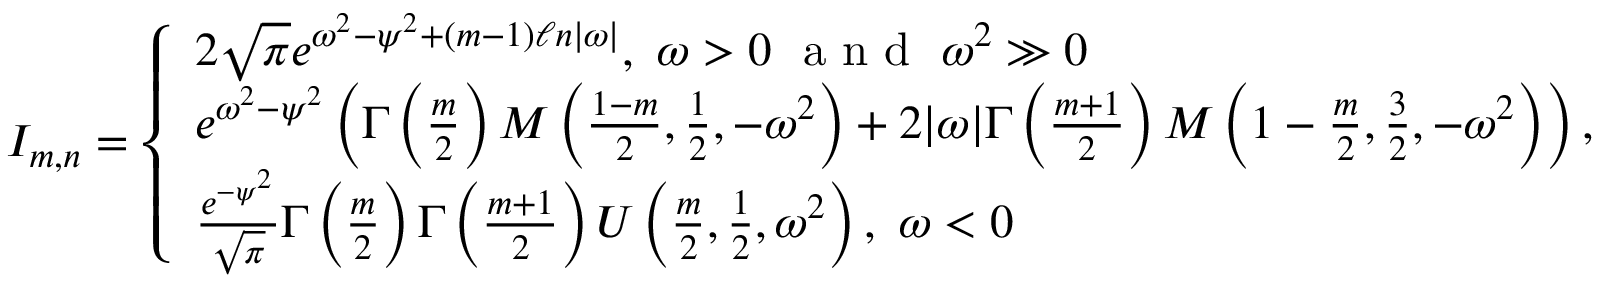
\begin{array} { r } { I _ { m , n } = \left\{ \begin{array} { l l } { 2 \sqrt { \pi } e ^ { \omega ^ { 2 } - \psi ^ { 2 } + ( m - 1 ) \ell n | \omega | } , \ \omega > 0 \ \mathrm { ~ a ~ n ~ d ~ } \ \omega ^ { 2 } \gg 0 } \\ { e ^ { \omega ^ { 2 } - \psi ^ { 2 } } \left( \Gamma \left( \frac { m } { 2 } \right) M \left( \frac { 1 - m } { 2 } , \frac { 1 } { 2 } , - \omega ^ { 2 } \right) + 2 | \omega | \Gamma \left( \frac { m + 1 } { 2 } \right) M \left( 1 - \frac { m } { 2 } , \frac { 3 } { 2 } , - \omega ^ { 2 } \right) \right) , \ \omega > 0 } \\ { \frac { e ^ { - \psi ^ { 2 } } } { \sqrt { \pi } } \Gamma \left( \frac { m } { 2 } \right) \Gamma \left( \frac { m + 1 } { 2 } \right) U \left( \frac { m } { 2 } , \frac { 1 } { 2 } , \omega ^ { 2 } \right) , \ \omega < 0 } \end{array} \right. } \end{array}